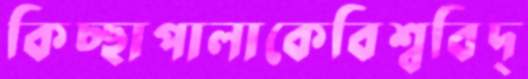
কিচ্ছাপালাকেবিশ্ববিদ্